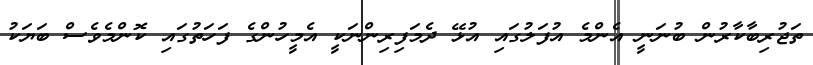
ތަޖުރިބާކާރުން ބުނަނީ އެންމެ އުފަލުގައި އުޅޭ ދެމަފިރިންނަކީ އެމީހުންގެ ފަހަތުގައި ކޮންމެވެސް ބަޔަކު